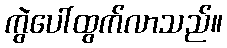
ကွဲပေါ်ထွက်လာသည်။